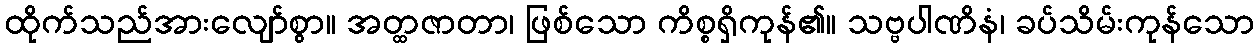
ထိုက်သည်အားလျော်စွာ။ အတ္ထဇာတာ၊ ဖြစ်သော ကိစ္စရှိကုန်၏။ သဗ္ဗပါဏိနံ၊ ခပ်သိမ်းကုန်သော